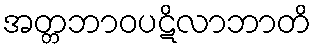
အတ္တဘာဝပဋိလာဘာတိ